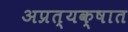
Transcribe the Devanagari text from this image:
अप्रत्यक्षात